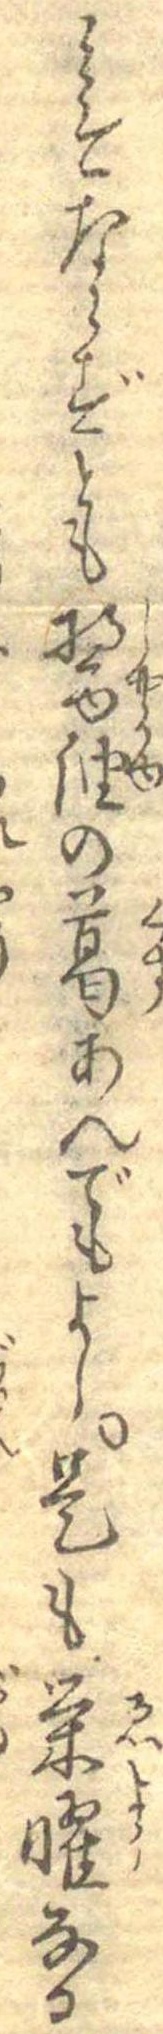
みそならずとも醤油の葛あんでもよし是も栄曜なる